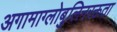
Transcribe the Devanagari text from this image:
अगामाग्लोबुलिनरक्तता